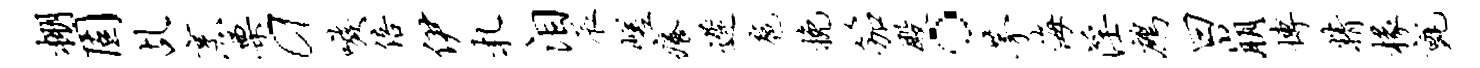
棚固乩烹栗a嗾倍伊札泪辰嵯痒迟扈挽笳殿。茅海淫鹧曰崩博精椽毡